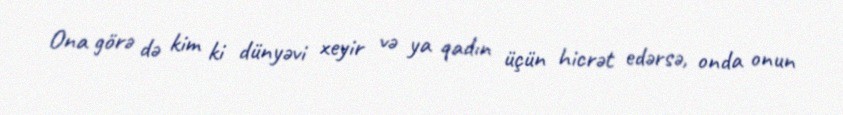
Ona görə də kim ki dünyəvi xeyir və ya qadın üçün hicrət edərsə, onda onun